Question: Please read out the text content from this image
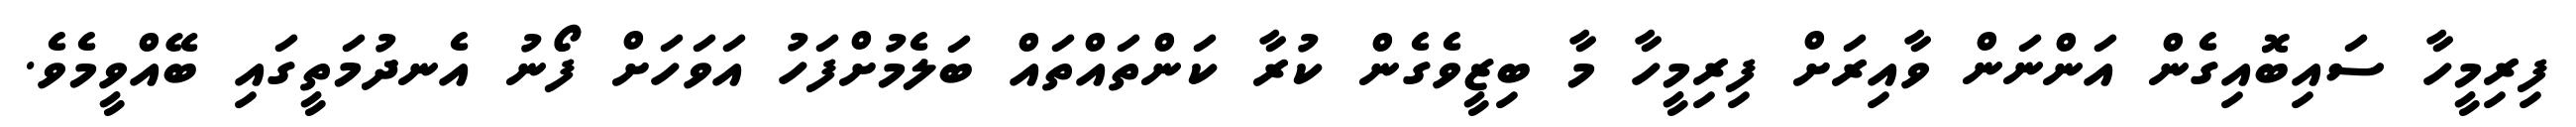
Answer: ފިރިމީހާ ސައިބޮއިގެން އަންނަން ވާއިރަށް ފިރިމީހާ މާ ބިޒީވެގެން ކުރާ ކަންތައްތައް ބަލެމުށްފަހު އަވަހަށް ފޯނު އެނދުމަތީގައި ބޭއްވީމެވެ.